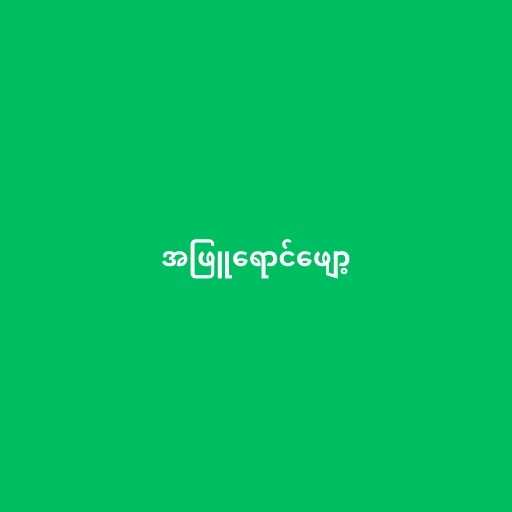
အဖြူရောင်ဖျော့